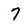
Character: 7